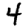
Digit: 4